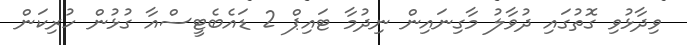
ވިދާޅުވި ގޮތުގައި ދުވާލު މާގިނައިން ނިދުމާ ޓައިޕް 2 ޑައެބެޓީސްއާ ގުޅުން ހުރިކަން